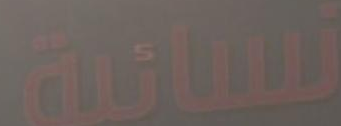
نسانية